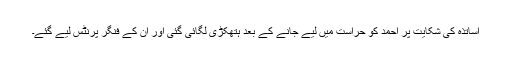
اساتذہ کی شکایت پر احمد کو حراست میں لیے جانے کے بعد ہتھکڑی لگائی گئی اور ان کے فنگر پرنٹس لیے گئے۔